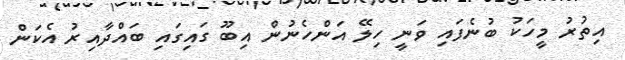
އިތުރު މީހަކު ބުނެފައި ވަނީ ހިލޭ އަންހެނުން އިބޫ ގައިގައި ބައްދާއިރު އެކަން